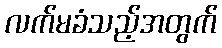
လက်မခံသည့်အတွက်